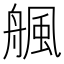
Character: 䑺